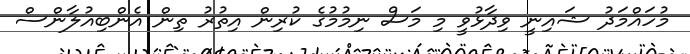
މުހައްމަދު ޝައިނީ ވިދާޅުވީ މި މަސް ނިމުމުގެ ކުރިން އިތުރު ތިން އެންބިއުލާންސް